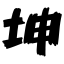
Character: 坤